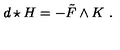
d \star H = - \tilde { F } \wedge K \ .